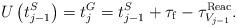
LaTeX: \begin{align*}U\left(t^S_{j-1}\right)=t^G_{j}=t^S_{j-1}+\tau_{\rm f}-\tau^{\rm Reac}_{V_{j-1}}.\end{align*}